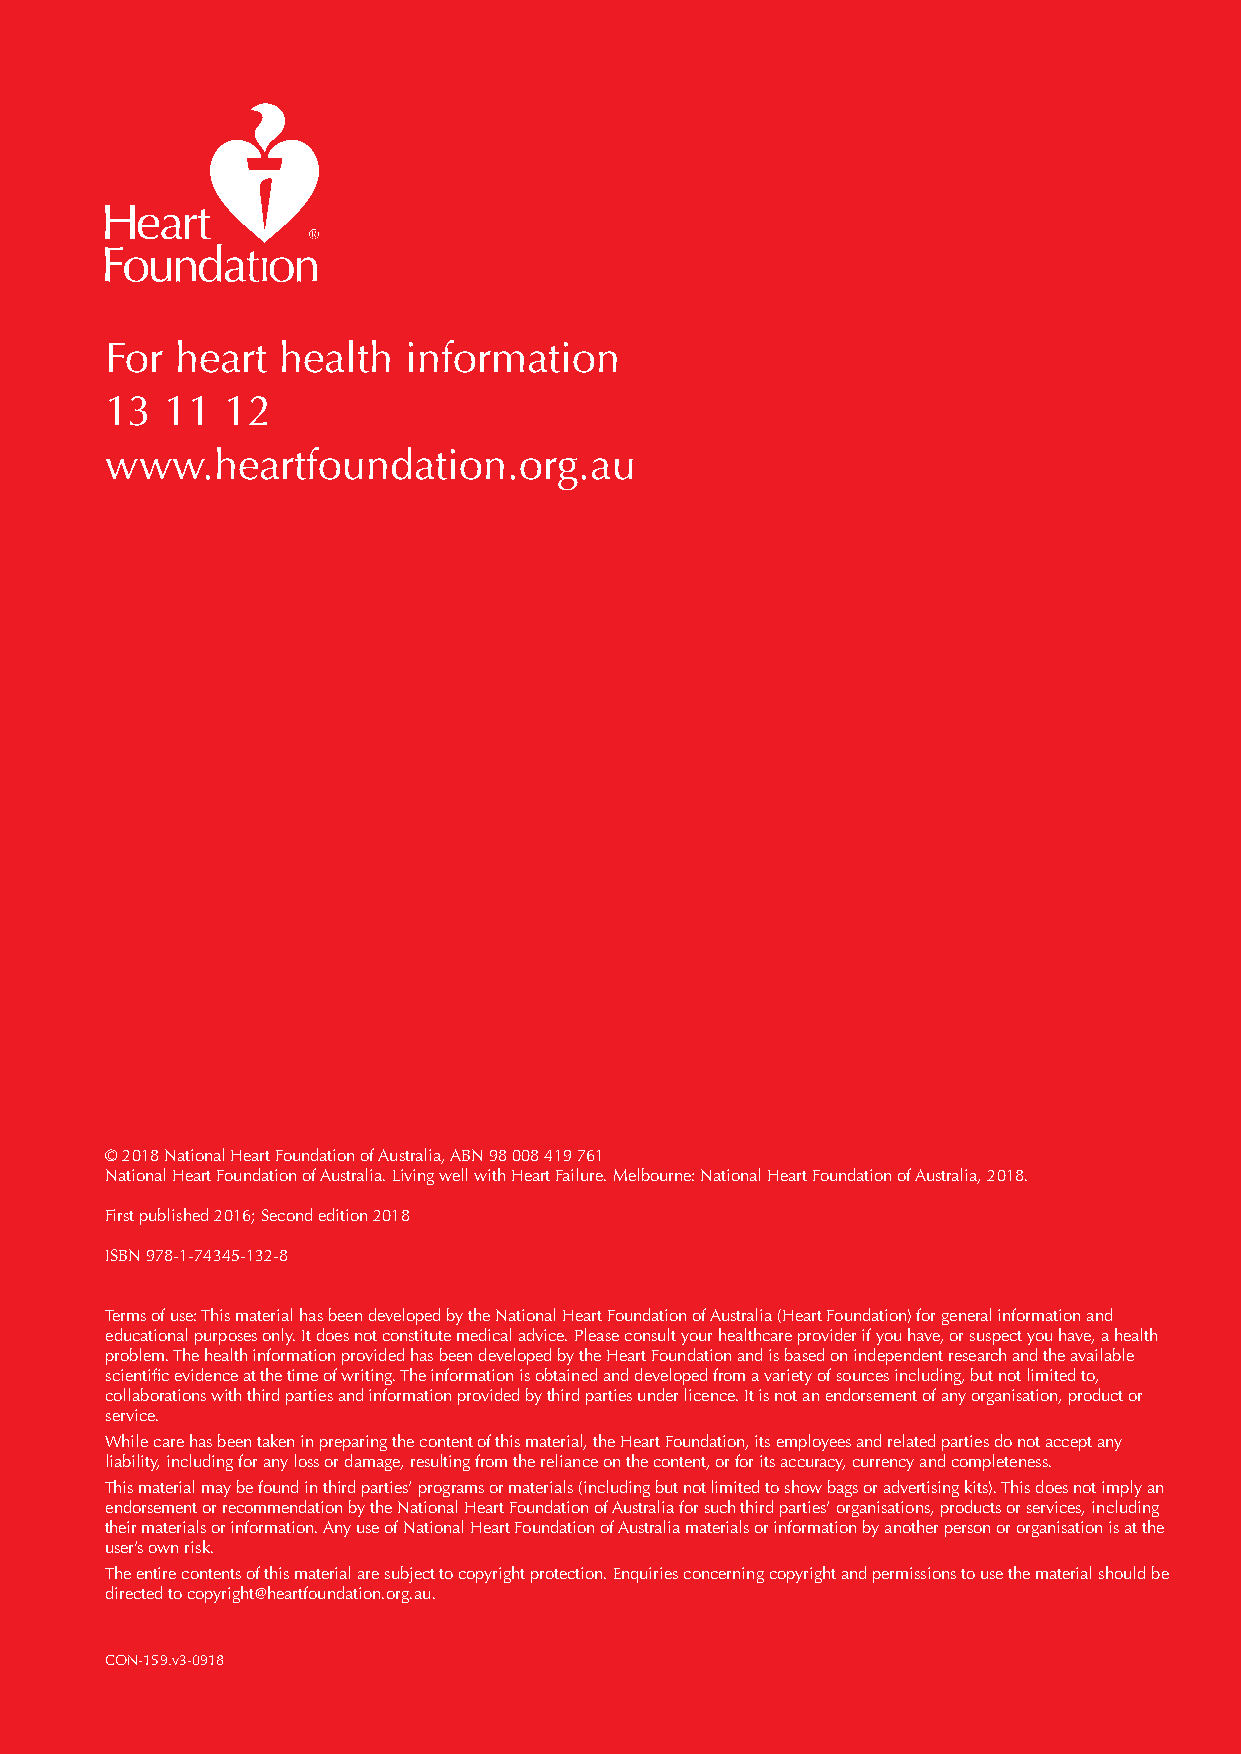
For  heart health   information
 13  11  12
 www.heartfoundation.org.au
 © 2018 National Heart Foundation of Australia, ABN 98 008 419 761
 National Heart Foundation of Australia. Living well with Heart Failure. Melbourne: National Heart Foundation of Australia, 2018.
 First published 2016; Second edition 2018
 ISBN 978-1-74345-132-8
 Terms of use: This material has been developed by the National Heart Foundation of Australia (Heart Foundation) for general information and
 educational purposes only. It does not constitute medical advice. Please consult your healthcare provider if you have, or suspect you have, a health
 problem. The health information provided has been developed by the Heart Foundation and is based on independent research and the available
 scientific evidence at the time of writing. The information is obtained and developed from a variety of sources including, but not limited to,
 collaborations with third parties and information provided by third parties under licence. It is not an endorsement of any organisation, product or
 service.
 While care has been taken in preparing the content of this material, the Heart Foundation, its employees and related parties do not accept any
 liability, including for any loss or damage, resulting from the reliance on the content, or for its accuracy, currency and completeness.
 This material may be found in third parties’ programs or materials (including but not limited to show bags or advertising kits). This does not imply an
 endorsement or recommendation by the National Heart Foundation of Australia for such third parties’ organisations, products or services, including
 their materials or information. Any use of National Heart Foundation of Australia materials or information by another person or organisation is at the
 user’s own risk.
 The entire contents of this material are subject to copyright protection. Enquiries concerning copyright and permissions to use the material should be
 directed to copyright@heartfoundation.org.au.
 CON-159.v3-0918